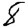
Digit: 8